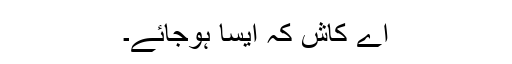
اے کاش کہ ایسا ہوجائے۔